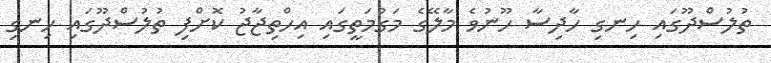
ތުލުސްދޫގައި ހިނގި ހާދިސާ ހޫނުވެ މާލޭގެ މަގުމަތީގައި އިހްތިޖާޖު ކޮށްފި ތުލުސްދޫގައި ހިނގި